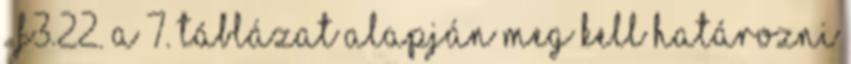
. F3.22. A 7. táblázat alapján meg kell határozni